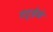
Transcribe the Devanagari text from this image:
तऱ्हेळे